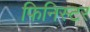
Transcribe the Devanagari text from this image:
फिनिस्टर